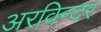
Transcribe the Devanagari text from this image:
अरविन्दर